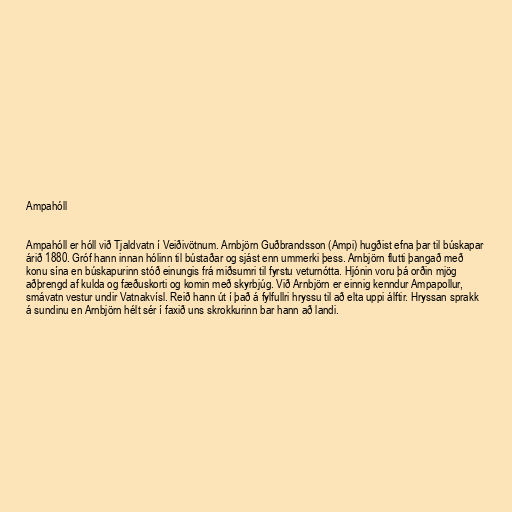
Ampahóll

Ampahóll er hóll við Tjaldvatn í Veiðivötnum. Arnbjörn Guðbrandsson (Ampi) hugðist efna þar til búskapar
árið 1880. Gróf hann innan hólinn til bústaðar og sjást enn ummerki þess. Arnbjörn flutti þangað með
konu sína en búskapurinn stóð einungis frá miðsumri til fyrstu veturnótta. Hjónin voru þá orðin mjög
aðþrengd af kulda og fæðuskorti og komin með skyrbjúg. Við Arnbjörn er einnig kenndur Ampapollur,
smávatn vestur undir Vatnakvísl. Reið hann út í það á fylfullri hryssu til að elta uppi álftir. Hryssan sprakk
á sundinu en Arnbjörn hélt sér í faxið uns skrokkurinn bar hann að landi.